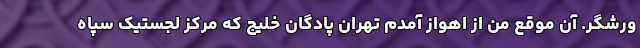
ورشگر. آن موقع من از اهواز آمدم تهران پادگان خلیج که مرکز لجستیک سپاه